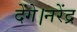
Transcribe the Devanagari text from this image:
देंगे।नरेंद्र